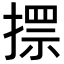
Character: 𢲗